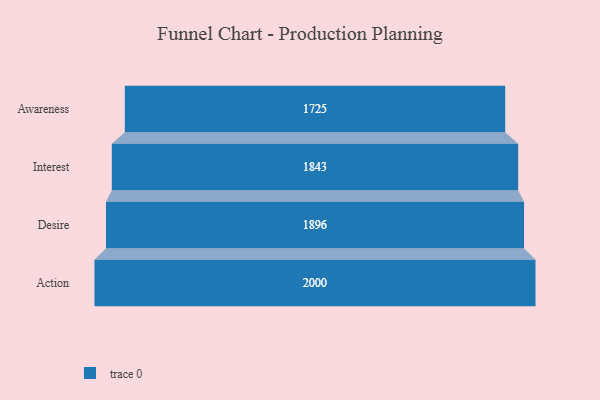
{"axis": {"x": "Stage", "y": "Value"}, "legend": [""], "data": [{"x": "Awareness", "y": 1725.0, "type": ""}, {"x": "Interest", "y": 1843.0, "type": ""}, {"x": "Desire", "y": 1896.0, "type": ""}, {"x": "Action", "y": 2000, "type": ""}]}